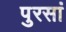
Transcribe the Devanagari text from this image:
पुरसां